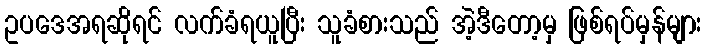
ဥပဒေအရဆိုရင် လက်ခံရယူပြီး သူခံစားသည် အဲ့ဒီတော့မှ ဖြစ်ရပ်မှန်များ